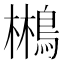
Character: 𱈮